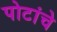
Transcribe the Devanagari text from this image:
पोटांचे